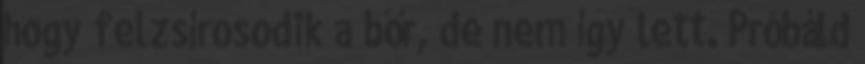
hogy felzsírosodik a bőr, de nem így lett. Próbáld